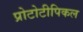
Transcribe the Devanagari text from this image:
प्रोटोटीपिकल